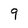
Character: 9